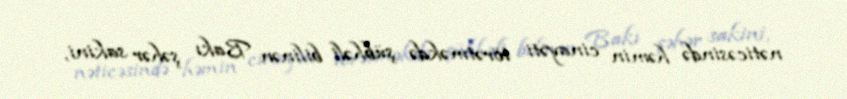
nəticəsində həmin cinayəti törətməkdə şübhəli bilinən Bakı şəhər sakini,